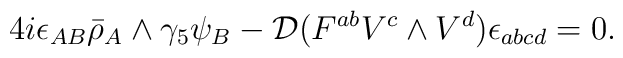
4i\epsilon_{AB}\bar\rho_A\wedge \gamma_5\psi_B-{\cal D}(F^{ab}V^c\wedge V^d)\epsilon_{abcd}=0.